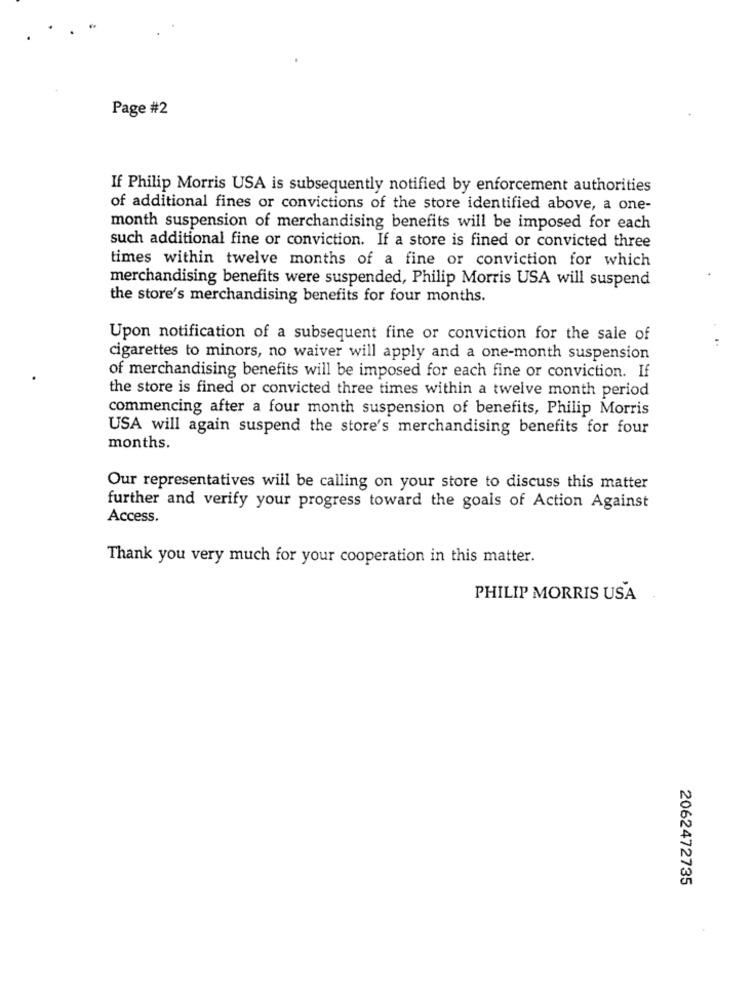
Page #2
If Philip Morris USA is subsequently notified by enforcement authorities
of additional fines or convictions of the store identified above, a one-
month suspension of merchandising benefits will be imposed for each
such additional fine or conviction. If a store is fined or convicted three
times within twelve months of a fine or conviction for which
merchandising benefits were suspended, Philip Morris USA will suspend
the store's merchandising benefits for four months.
Upon notification of a subsequent fine or conviction for the sale of
cigarettes to minors, no waiver will apply and a one-month suspension
of merchandising benefits will be imposed for each fine or conviction. If
the store is fined or convicted three times within a twelve month period
commencing after a four month suspension of benefits, Philip Morris
USA will again suspend the store's merchandising benefits for four
months.
Our representatives will be calling on your store to discuss this matter
further and verify your progress toward the goals of Action Against
Access.
Thank you very much for your cooperation in this matter.
PHILIP MORRIS USA
2062472735